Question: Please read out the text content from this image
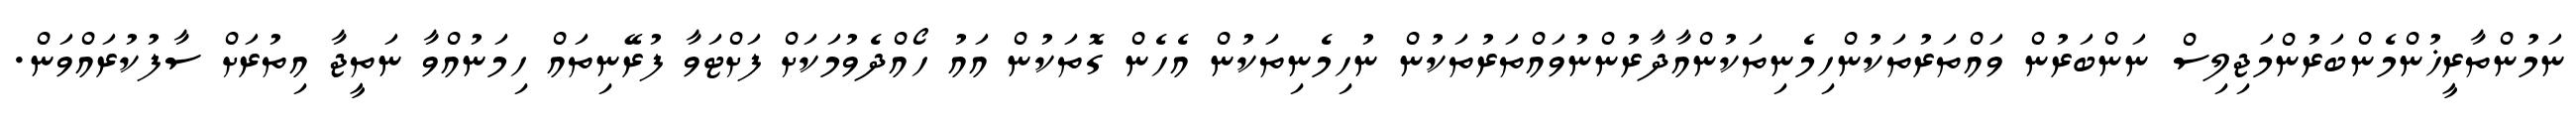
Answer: ނަމުންތާރީޚުންމެންބަރުންމަޖިލިސް ނަންބަރުން ވައްތަރުތަކުންހިމެނިތަކުންއާދާރުންނުވައްތަރުތަކުން ނުހިމެނިތަކުން އެހެން ގޮތަކުން އައު ހޯއްދެވުމަކަށް ފަށްޓަވާ ފުރޭނިތައް ހިމަނުއްވާ ނަތީޖާ އިތުރަށް ސާފުކުރައްވަން.